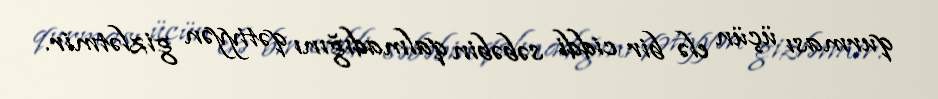
qurması üçün elə bir ciddi səbəbin qalmadığını qətiyyən gizlətmir.